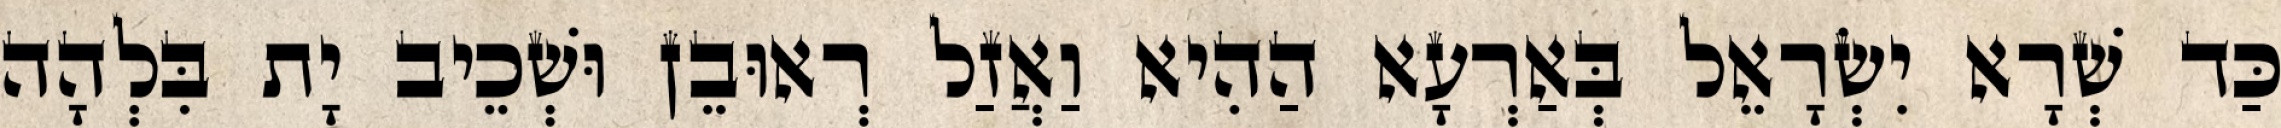
כַּד שְׁרָא יִשְׂרָאֵל בְּאַרְעָא הַהִיא וַאֲזַל רְאוּבֵן וּשְׁכֵיב יָת בִּלְהָה